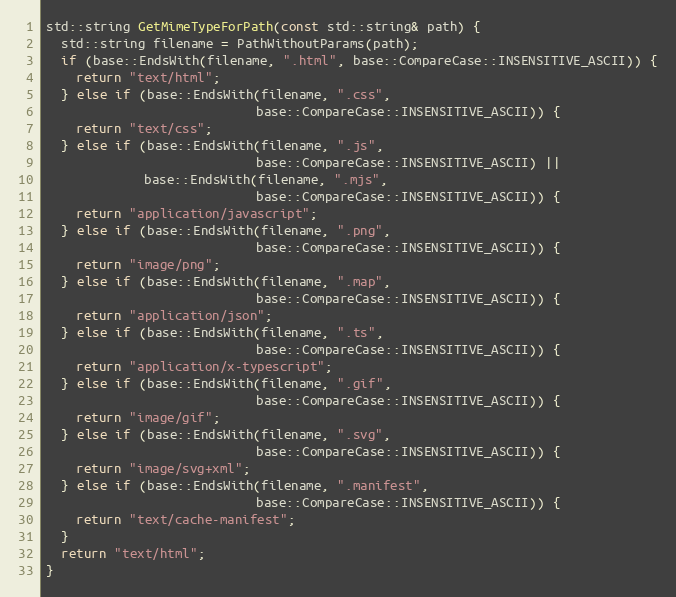
Language: C++
std::string GetMimeTypeForPath(const std::string& path) {
  std::string filename = PathWithoutParams(path);
  if (base::EndsWith(filename, ".html", base::CompareCase::INSENSITIVE_ASCII)) {
    return "text/html";
  } else if (base::EndsWith(filename, ".css",
                            base::CompareCase::INSENSITIVE_ASCII)) {
    return "text/css";
  } else if (base::EndsWith(filename, ".js",
                            base::CompareCase::INSENSITIVE_ASCII) ||
             base::EndsWith(filename, ".mjs",
                            base::CompareCase::INSENSITIVE_ASCII)) {
    return "application/javascript";
  } else if (base::EndsWith(filename, ".png",
                            base::CompareCase::INSENSITIVE_ASCII)) {
    return "image/png";
  } else if (base::EndsWith(filename, ".map",
                            base::CompareCase::INSENSITIVE_ASCII)) {
    return "application/json";
  } else if (base::EndsWith(filename, ".ts",
                            base::CompareCase::INSENSITIVE_ASCII)) {
    return "application/x-typescript";
  } else if (base::EndsWith(filename, ".gif",
                            base::CompareCase::INSENSITIVE_ASCII)) {
    return "image/gif";
  } else if (base::EndsWith(filename, ".svg",
                            base::CompareCase::INSENSITIVE_ASCII)) {
    return "image/svg+xml";
  } else if (base::EndsWith(filename, ".manifest",
                            base::CompareCase::INSENSITIVE_ASCII)) {
    return "text/cache-manifest";
  }
  return "text/html";
}